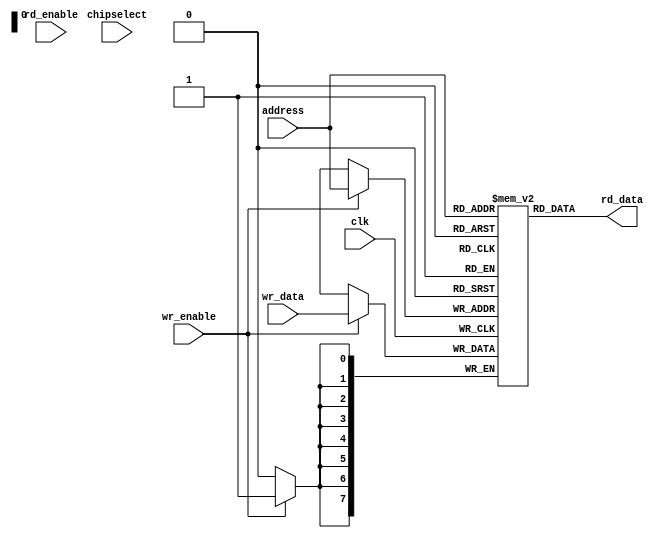
module s_box_asic (clk, chipselect, rd_enable, wr_enable, address, wr_data, rd_data);
	
	//Async Read - Sync Write RAM
	
	input clk, chipselect, rd_enable, wr_enable;
	input [0:7] address, wr_data;
	
	output wire [0:7] rd_data;
	
	reg [0:7] memblock [0:255] ;
	
	always @(posedge clk) begin
		if (wr_enable) memblock[address] <= wr_data;
	end
	assign rd_data = memblock[address];
endmodule